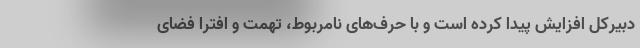
دبیرکل افزایش پیدا کرده است و با حرف‌های نامربوط، تهمت و افترا فضای